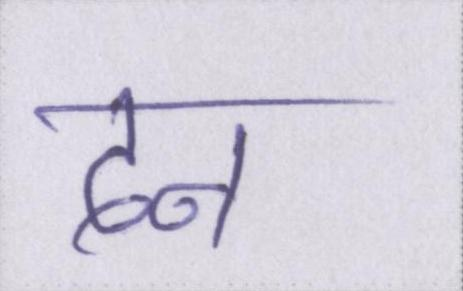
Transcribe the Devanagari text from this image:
दन